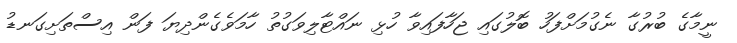
ނީމާގެ ބުރުގާ ނެގުމަށްފަހު ބޮލުގައި ޖަހާފައިވާ ހުޅި ނައްޓާލިވަގުތު ހާމަވެގެންދިޔަ ފަން އިސްތަށިގަނޑު